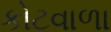
કોટવાળા